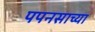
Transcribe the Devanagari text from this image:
पपनसाच्या